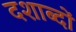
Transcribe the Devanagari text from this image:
दशाब्दों